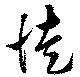
徒